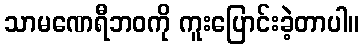
သာမဏေရီဘဝကို ကူးပြောင်းခဲ့တာပါ။